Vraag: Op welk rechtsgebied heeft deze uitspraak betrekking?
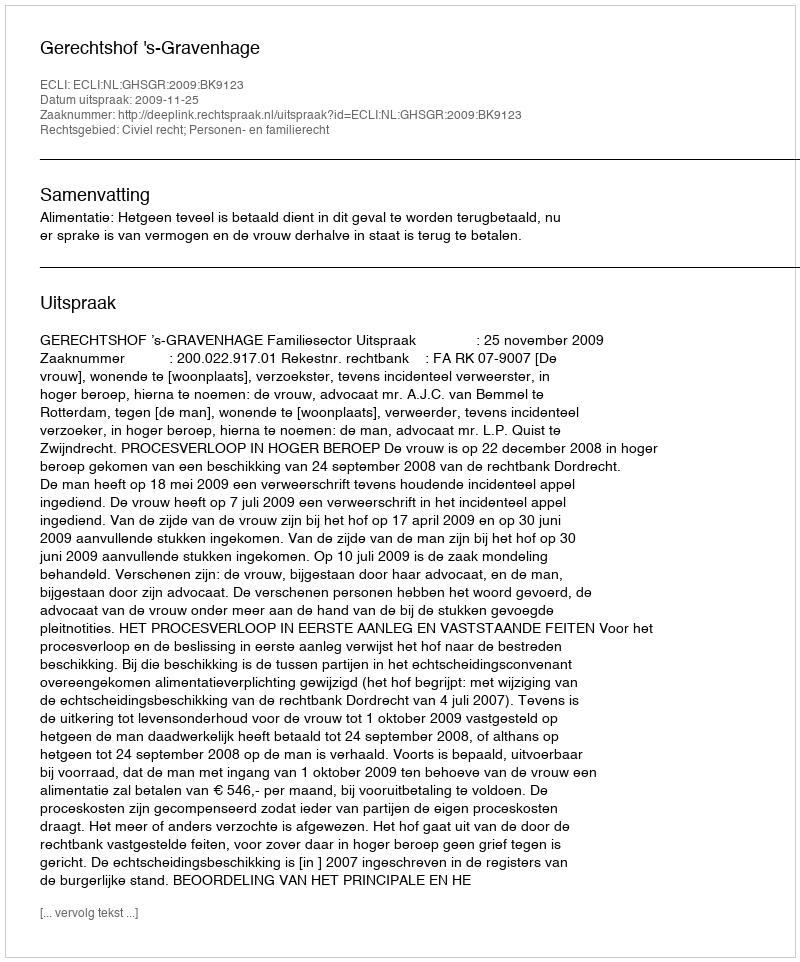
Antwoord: Civiel recht; Personen- en familierecht